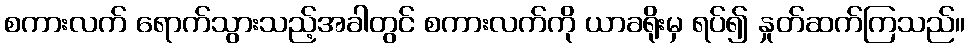
စကားလက် ရောက်သွားသည့်အခါတွင် စကားလက်ကို ယာခရိုးမှ ရပ်၍ နှုတ်ဆက်ကြသည်။